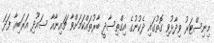
މިނިސްޓަރު ވިދާޅުވި ގޮތުގައި ދެކުނުގެ އިގްތިސާދީ ބާރުތައްކަމަށްވާ ޗައިނާއާ ސައޫދި އަރަބިއާ ފަދަ